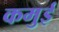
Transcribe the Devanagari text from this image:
कमुई